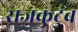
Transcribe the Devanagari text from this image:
राजकुटुंब